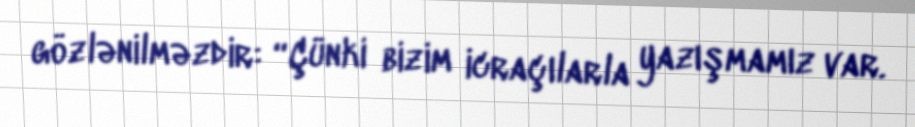
gözlənilməzdir: “Çünki bizim icraçılarla yazışmamız var.